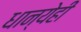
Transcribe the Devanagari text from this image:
धान्येही